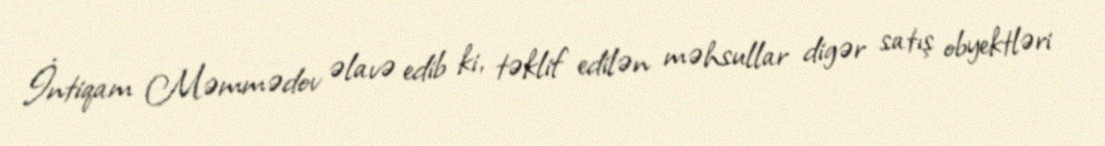
İntiqam Məmmədov əlavə edib ki, təklif edilən məhsullar digər satış obyektləri